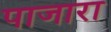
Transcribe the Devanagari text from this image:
पाजारा